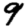
Digit: 9